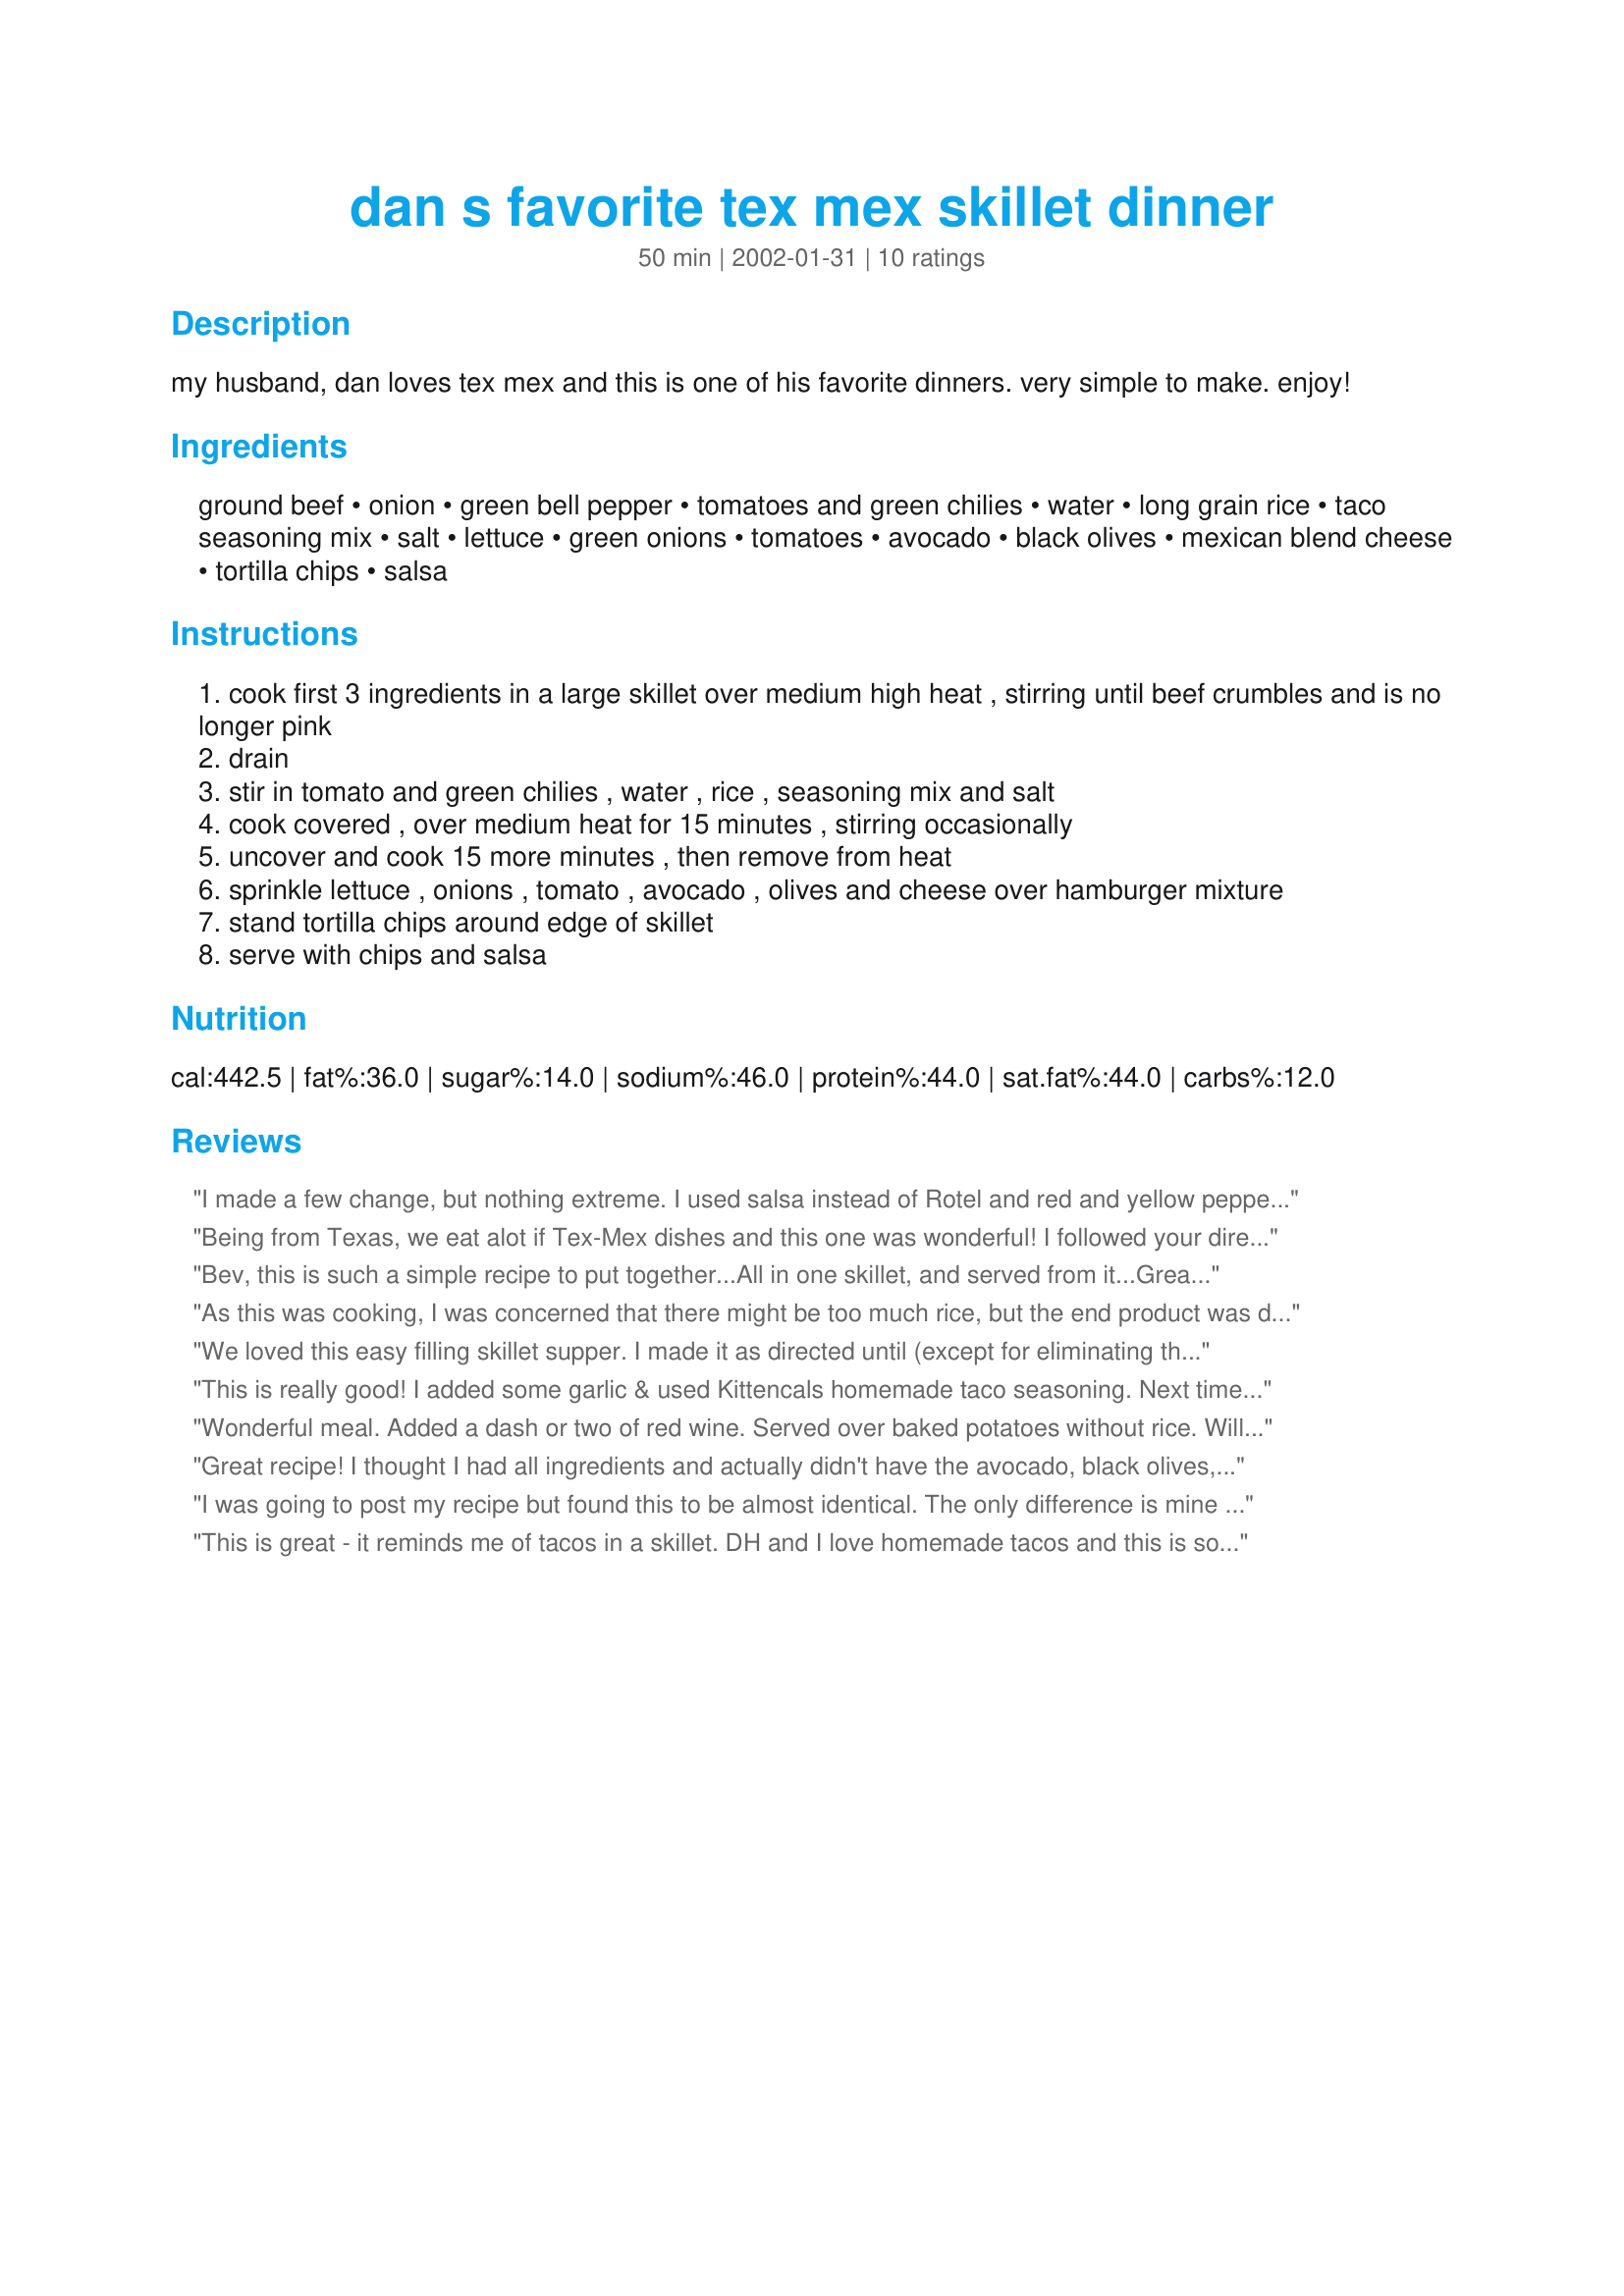
dan s favorite tex mex skillet dinner
Preparation time: 50 minutes

my husband, dan loves tex mex and this is one of his favorite dinners. very simple to make. enjoy!

Ingredients:
ground beef, onion, green bell pepper, tomatoes and green chilies, water, long grain rice, taco seasoning mix, salt, lettuce, green onions, tomatoes, avocado, black olives, mexican blend cheese, tortilla chips, salsa

Steps:
cook first 3 ingredients in a large skillet over medium high heat , stirring until beef crumbles and is no longer pink
drain
stir in tomato and green chilies , water , rice , seasoning mix and salt
cook covered , over medium heat for 15 minutes , stirring occasionally
uncover and cook 15 more minutes , then remove from heat
sprinkle lettuce , onions , tomato , avocado , olives and cheese over hamburger mixture
stand tortilla chips around edge of skillet
serve with chips and salsa

Reviews:
I made a few change, but nothing extreme. I used salsa instead of Rotel and red and yellow peppers instead of green. I added some garlic also. I thought the dish was quite dry, so next time I'll add more water. I served it in tortillas with pinto beans and corn salsa. It's very good!
Being from Texas, we eat alot if Tex-Mex dishes and this one was wonderful! I followed your directions, except that I added two cloves of minced garlic. I didn't have lettuce or avocado, so I didn't top it with the toppings. Instead, I served it plain along with warm corn bread! I'll be trying the toppings next time, as I think it would be great served that way too! The whole family loved it and I will be making this one on a regular basis. Thanks!
Bev, this is such a simple recipe to put together...All in one skillet, and served from it...Great idea! I followed your directions, but did leave out the olives and avocados (was fresh out!) It still came out so good. Served it with warm flour torts. I did add some of Miss Annie's "Senor Pico's Picante Sauce" in the mix...Perked it right up! (about a 1/2 cup)

We sure did enjoy!
Thanks for sharing,
Laudee
As this was cooking, I was concerned that there might be too much rice, but the end product was delicious. I ended up adding a bit more chili powder 'cause that suited our taste. Served it up in tostada shells and topped it with the cheese. Then I placed the lettuce, olives, tomatoes, avocado, sour cream and salsa and more tortilla chips on the side so my family could dress their own as desired. Flavor was reminiscent of a good super burrito. We all ate more than we should have--you can call me "Gordo" now!
We loved this easy filling skillet supper. I made it as directed until (except for eliminating the salt) serving. I added the black olives and cheese to the serving bowl but instead of the taco fixings (lettuce, tomatoes, etc) we served it with buttermilk cornbread recipe#11420. We will be making this again soon.
This is really good! I added some garlic & used Kittencals homemade taco seasoning. Next time I may try adding some black beans, but it needs no improving. Thanks for posting Bev, this is a keeper!
Wonderful meal. Added a dash or two of red wine. Served over baked potatoes without rice. Will do this again soon.
Great recipe! I thought I had all ingredients and actually didn't have the avocado, black olives, or green pepper... it still came out wonderful! Great for nachos, taco salad, or burrito filling. I used original Rotel for the tomatoes and green chili's... it was a bit hot for me, but great for everyone else who likes an extra kick!
I was going to post my recipe but found this to be almost identical. The only difference is mine uses 1 can of diced tomatoes and 1 can of green chilies but I plan next time to try the Rotel because that would add more spice to the dish. This is easy to make, filling and everyone always loves it. We like to serve in Baked Tortilla Bowls #54417. Watch closely because I usually need to add more water during the cooking process. Thanks for sharing Bev!
This is great - it reminds me of tacos in a skillet. DH and I love homemade tacos and this is so much easier than fixing individual tacos. I always add a tsp of ground cumin to my taco meat so I did add a tsp to this recipe. But that was the only change made. In fact, I think tacos may be a thing of the past. Ole'!
